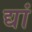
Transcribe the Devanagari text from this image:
द्यां